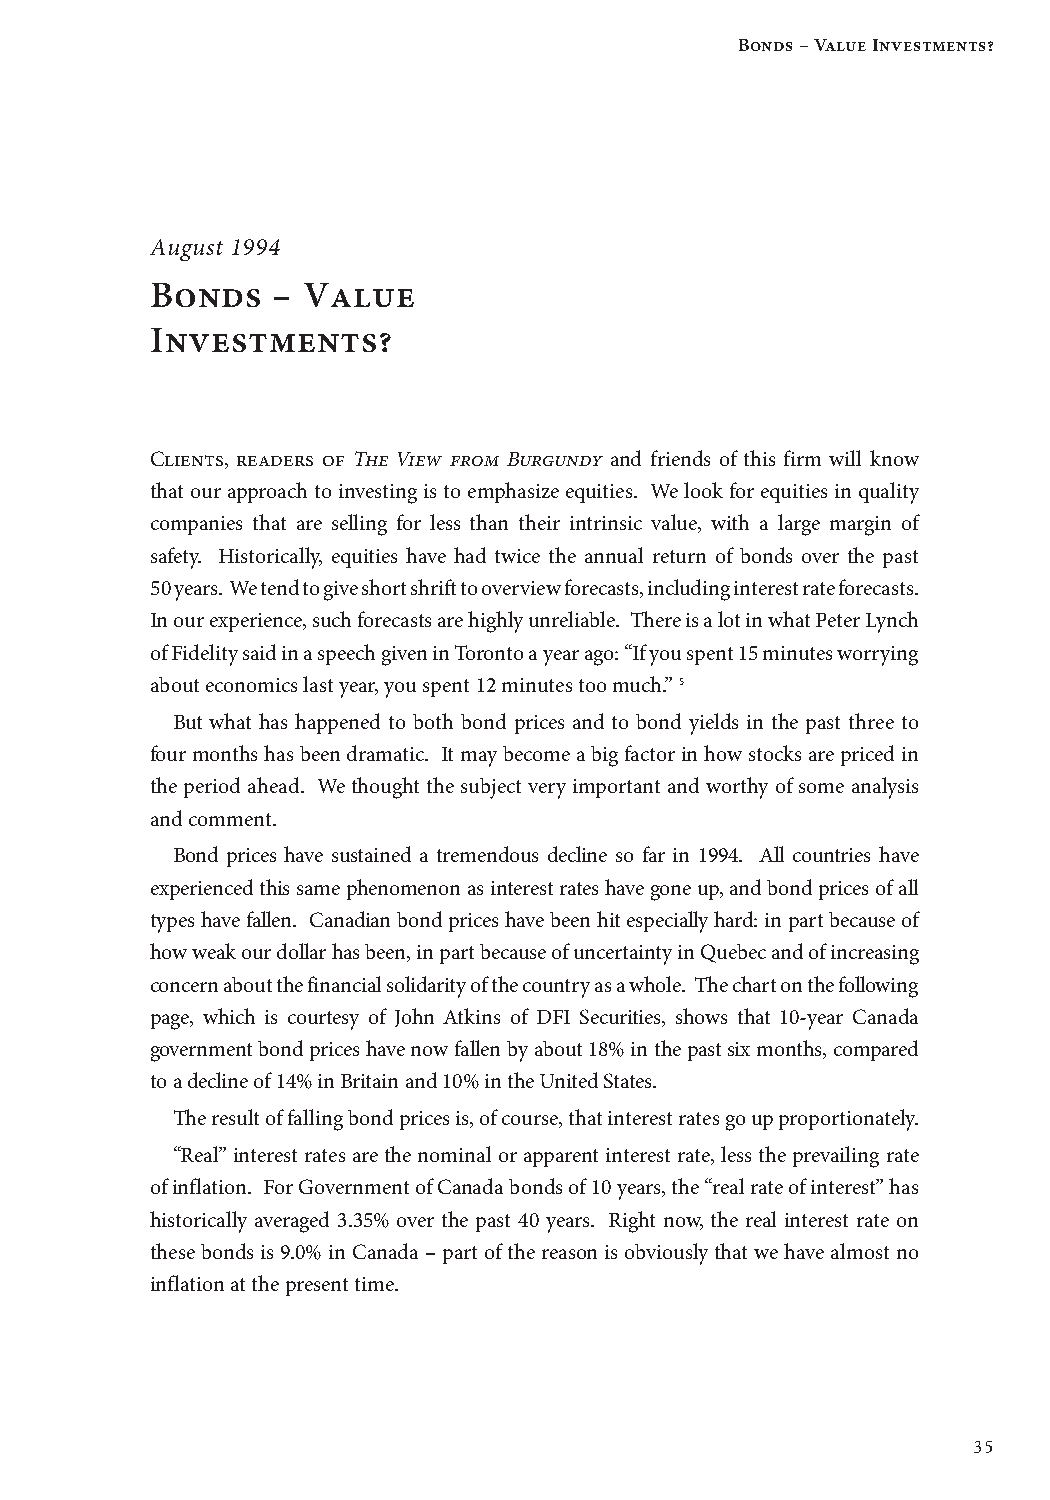
Bonds – Value Investments?
 AAuugguusstt 11999944
 BBoonnddss –– VVaalluuee
 IInnvveessttmmeennttss??
 Clients, readers of The View from Burgundy and friends of this firm will know
 that our approach to investing is to emphasize equities. We look for equities in quality
 companies that are selling for less than their intrinsic value, with a large margin of
 safety. Historically, equities have had twice the annual return of bonds over the past
 50 years. We tend to give short shrift to overview forecasts, including interest rate forecasts.
 In our experience, such forecasts are highly unreliable. There is a lot in what Peter Lynch
 of Fidelity said in a speech given in Toronto a year ago: “If you spent 15 minutes worrying
 about economics last year, you spent 12 minutes too much.” 5
 But what has happened to both bond prices and to bond yields in the past three to
 four months has been dramatic. It may become a big factor in how stocks are priced in
 the period ahead. We thought the subject very important and worthy of some analysis
 and comment.
 Bond prices have sustained a tremendous decline so far in 1994. All countries have
 experienced this same phenomenon as interest rates have gone up, and bond prices of all
 types have fallen. Canadian bond prices have been hit especially hard: in part because of
 how weak our dollar has been, in part because of uncertainty in Quebec and of increasing
 concern about the financial solidarity of the country as a whole. The chart on the following
 page, which is courtesy of John Atkins of DFI Securities, shows that 10-year Canada
 government bond prices have now fallen by about 18% in the past six months, compared
 to a decline of 14% in Britain and 10% in the United States.
 The result of falling bond prices is, of course, that interest rates go up proportionately.
 “Real” interest rates are the nominal or apparent interest rate, less the prevailing rate
 of inflation. For Government of Canada bonds of 10 years, the “real rate of interest” has
 historically averaged 3.35% over the past 40 years. Right now, the real interest rate on
 these bonds is 9.0% in Canada – part of the reason is obviously that we have almost no
 inflation at the present time.
 35